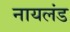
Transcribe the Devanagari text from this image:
नायलंड